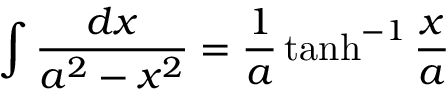
\int { \frac { d x } { a ^ { 2 } - x ^ { 2 } } } = { \frac { 1 } { a } } \operatorname { t a n h } ^ { - 1 } { \frac { x } { a } }